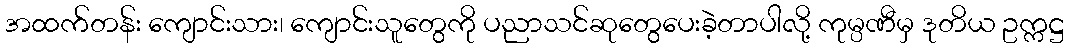
အထက်တန်း ကျောင်းသား၊ ကျောင်းသူတွေကို ပညာသင်ဆုတွေပေးခဲ့တာပါလို့ ကုမ္ပဏီမှ ဒုတိယ ဥက္ကဋ္ဌ